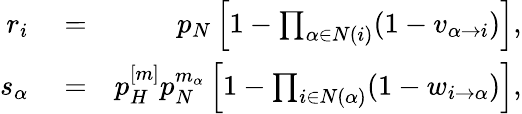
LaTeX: \begin{array}{rlr}{r_{i}}&{{}=}&{p_{N}\left[1-\prod_{\alpha\in N(i)}(1-v_{\alpha\rightarrow i})\right],}\\ {s_{\alpha}}&{{}=}&{p_{H}^{[m]}p_{N}^{m_{\alpha}}\left[1-\prod_{i\in N(\alpha)}(1-w_{i\rightarrow\alpha})\right],}\end{array}